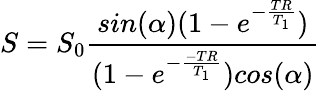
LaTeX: S=S_{0}\frac{sin(\alpha)(1-e^{-\frac{TR}{T_{1}}})}{(1-e^{-\frac{-TR}{T_{1}}})cos(\alpha)}